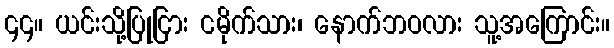
၄၄။ ယင်းသို့ပြုငြား ငမိုက်သား၊ နောက်ဘဝလား သူ့အကြောင်း။